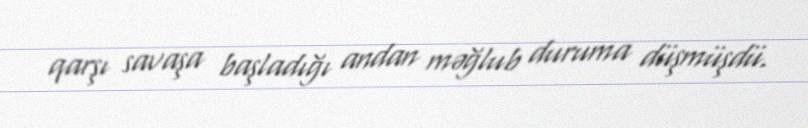
qarşı savaşa başladığı andan məğlub duruma düşmüşdü.